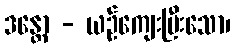
ဒန္တော - ယဉ်ကျေးပြီးသော၊